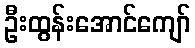
ဦးထွန်းအောင်ကျော်